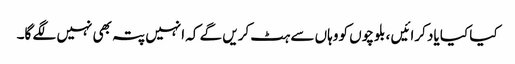
کیا کیا یاد کرائیں ، بلوچوں کو وہاں سے ہٹ کریں گے کہ انہیں پتہ بھی نہیں لگے گا۔